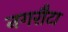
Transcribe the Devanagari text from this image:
नगरौटा